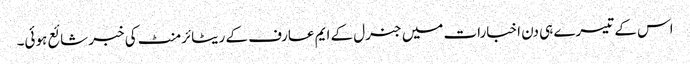
اس کے تیسرے ہی دن اخبارات میں جنرل کے ایم عارف کے ریٹائرمنٹ کی خبر شائع ہوئی۔